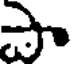
పా